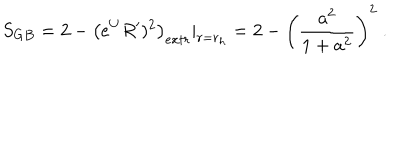
LaTeX: S _ { G B } = 2 - \left( e ^ { U } R ^ { \prime } ) ^ { 2 } \right) _ { e x t r } | _ { r = r _ { h } } = 2 - \left( { \frac { a ^ { 2 } } { 1 + a ^ { 2 } } } \right) ^ { 2 } \ .